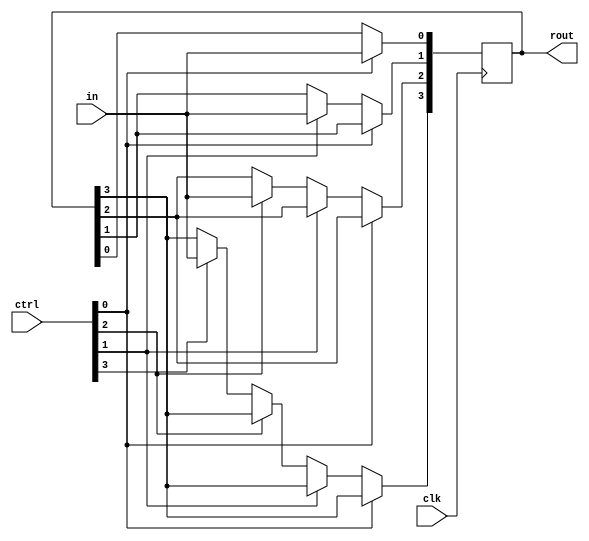
module regwrite_1(
output	reg	[3:0]	rout,
input				clk, in,
input		[3:0]	ctrl
);

always @(posedge clk)
	if (ctrl[0])		rout[0] <= in;
	else if (ctrl[1])	rout[1] <= in;
	else if (ctrl[2])	rout[2] <= in;
	else if (ctrl[3])	rout[3] <= in;

endmodule